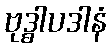
ဗုဒ္ဓါပဒါနံ